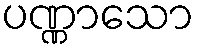
ပဏ္ဏာသော